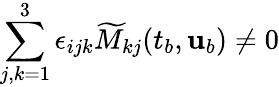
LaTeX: \sum_{j,k=1}^{3}\epsilon_{ijk}\widetilde{M}_{kj}(t_{b},{\mathbf{u}}_{b})\neq 0